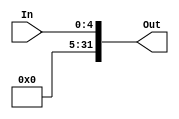
module Zero_Extend(
    input [4:0] In,
    output reg [31:0] Out
);

    always @(In) begin
        Out <= {27'b0, In};
    end

endmodule